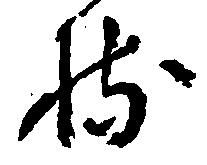
持